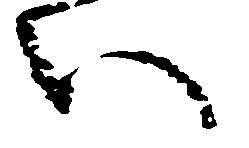
い